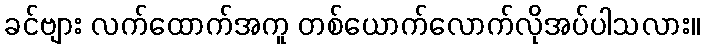
ခင်ဗျား လက်ထောက်အကူ တစ်ယောက်လောက်လိုအပ်ပါသလား။